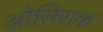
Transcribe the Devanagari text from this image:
ओसिराक